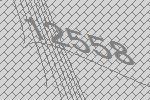
12558